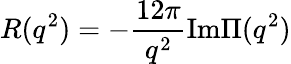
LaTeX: R(q^{2})=-\frac{12\pi}{q^{2}}\mathrm{Im}\Pi(q^{2})